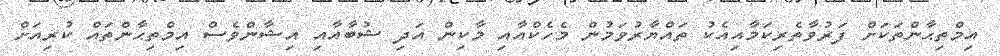
އިމްތިޙާންތަކަށް ފަރުވާތެރިކަމާއިއެކު ތައްޔާރުވަމުން މެހެކްއާއި މާކިން އަދި ޝުބާއާއި އިޝާންވެސް އިމްތިޙާންތައް ކުރިއަށް